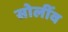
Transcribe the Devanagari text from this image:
सोलींव